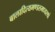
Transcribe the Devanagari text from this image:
बालादित्यमण्डलमध्यस्थां